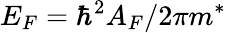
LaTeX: E_{F}=\hbar^{2}A_{F}/2\pi m^{*}